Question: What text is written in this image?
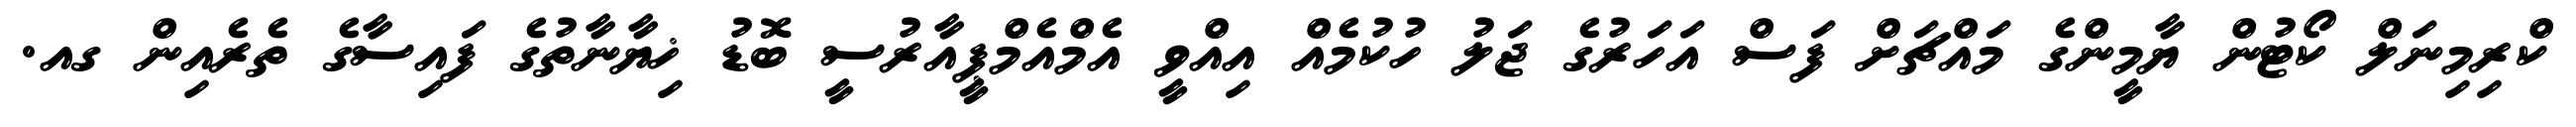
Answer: ކްރިމިނަލް ކޯޓުން ޔާމީންގެ މައްޗަށް ފަސް އަހަރުގެ ޖަލު ހުކުމެއް އިއްވީ އެމްއެމްޕީއާރުސީ ބޮޑު ޚިޔާނާތުގެ ފައިސާގެ ތެރެއިން ގއ.